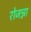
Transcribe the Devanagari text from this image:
रोजन्ना